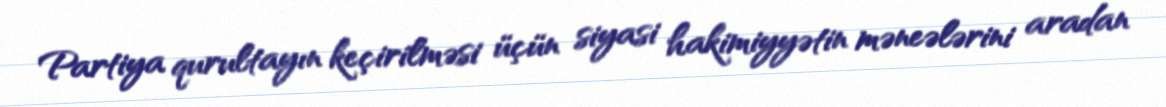
Partiya qurultayın keçirilməsi üçün siyasi hakimiyyətin məneələrini aradan